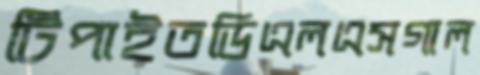
টিপাইতডিএলএসগাল